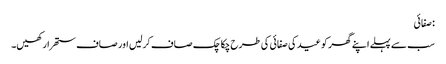
: صفائی
سب سے پہلے اپنے گھر کو عید کی صفائی کی طرح چکاچک صاف کرلیں اور صاف ستھرا رکھیں۔